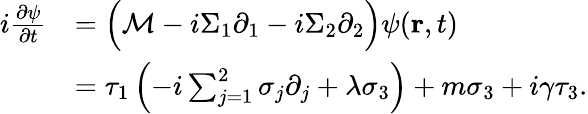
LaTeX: \begin{array}{r}{\begin{array}{rl}{i\frac{\partial\psi}{\partial t}}&{=\Big(\mathcal{M}-i\Sigma_{1}\partial_{1}-i\Sigma_{2}\partial_{2}\Big)\psi(\mathbf{r},t)}\\ &{=\tau_{1}\left(-i\sum_{j=1}^{2}\sigma_{j}\partial_{j}+\lambda\sigma_{3}\right)+m\sigma_{3}+i\gamma\tau_{3}.}\end{array}}\end{array}